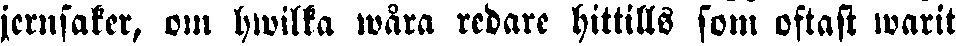
jernsaker, om hwilka wåra redare hittills som oftast warit